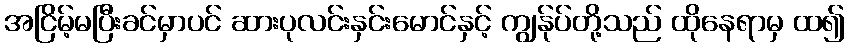
အငြိမ့်မပြီးခင်မှာပင် ဆားပုလင်းနှင်းမောင်နှင့် ကျွန်ုပ်တို့သည် ထိုနေရာမှ ထ၍